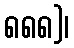
၈၈၈)၊